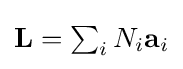
{\textstyle \mathbf {L} =\sum _{i}N_{i}\mathbf {a} _{i}}